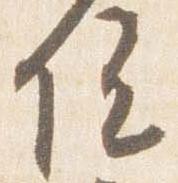
院